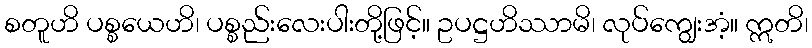
စတူဟိ ပစ္စယေဟိ၊ ပစ္စည်းလေးပါးတို့ဖြင့်။ ဥပဋ္ဌဟိဿာမိ၊ လုပ်ကျွေးအံ့။ ဣတိ၊